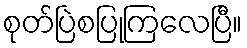
စုတ်ပြဲစပြုကြလေပြီ။